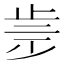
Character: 𣥩